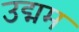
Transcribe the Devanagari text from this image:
उद्मम